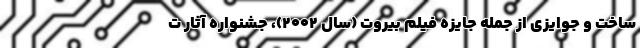
ساخت و جوایزی از جمله جایزه فیلم بیروت (سال ۲۰۰۲)، جشنواره آثار ت